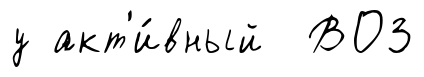
у акт'и́вный ВОЗ